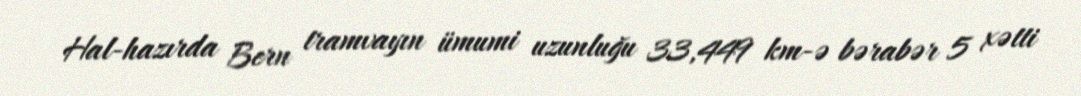
Hal-hazırda Bern tramvayın ümumi uzunluğu 33,449 km-ə bərabər 5 xətti